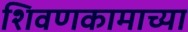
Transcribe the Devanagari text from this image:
शिवणकामाच्या